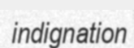
indignation